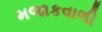
મજાકવાળી